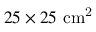
2 5 \times 2 5 ~ \mathrm { c m ^ { 2 } }